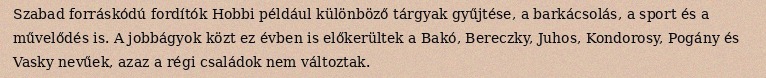
Szabad forráskódú fordítók Hobbi például különböző tárgyak gyűjtése, a barkácsolás, a sport és a művelődés is. A jobbágyok közt ez évben is előkerültek a Bakó, Bereczky, Juhos, Kondorosy, Pogány és Vasky nevűek, azaz a régi családok nem változtak.